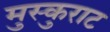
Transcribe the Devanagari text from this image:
मुस्कुराट